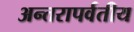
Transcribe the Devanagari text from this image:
अन्तरापर्वतीय